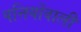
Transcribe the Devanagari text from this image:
पत्तियोंवाली